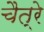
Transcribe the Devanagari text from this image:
चैत्रे